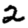
Digit: 2